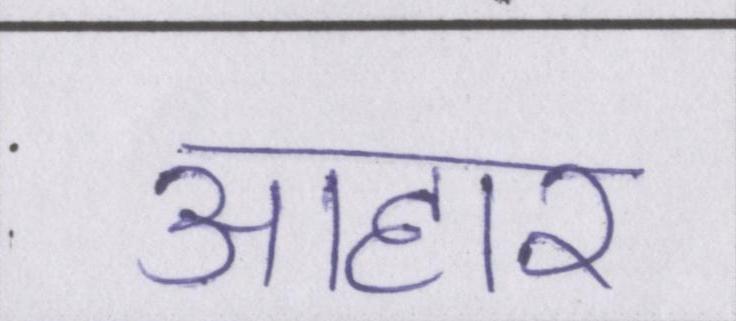
आहार